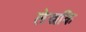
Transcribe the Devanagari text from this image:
लेखकि